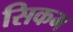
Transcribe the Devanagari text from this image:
सिकम